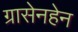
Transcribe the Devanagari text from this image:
ग्रासेनहेन